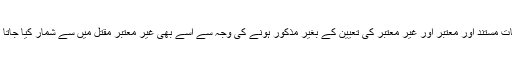
واقعات مستند اور معتبر اور غیر معتبر کی تعیین کے بغیر مذکور ہونے کی وجہ سے اسے بھی غیر معتبر مقتل میں سے شمار کیا جاتا ہے ۔